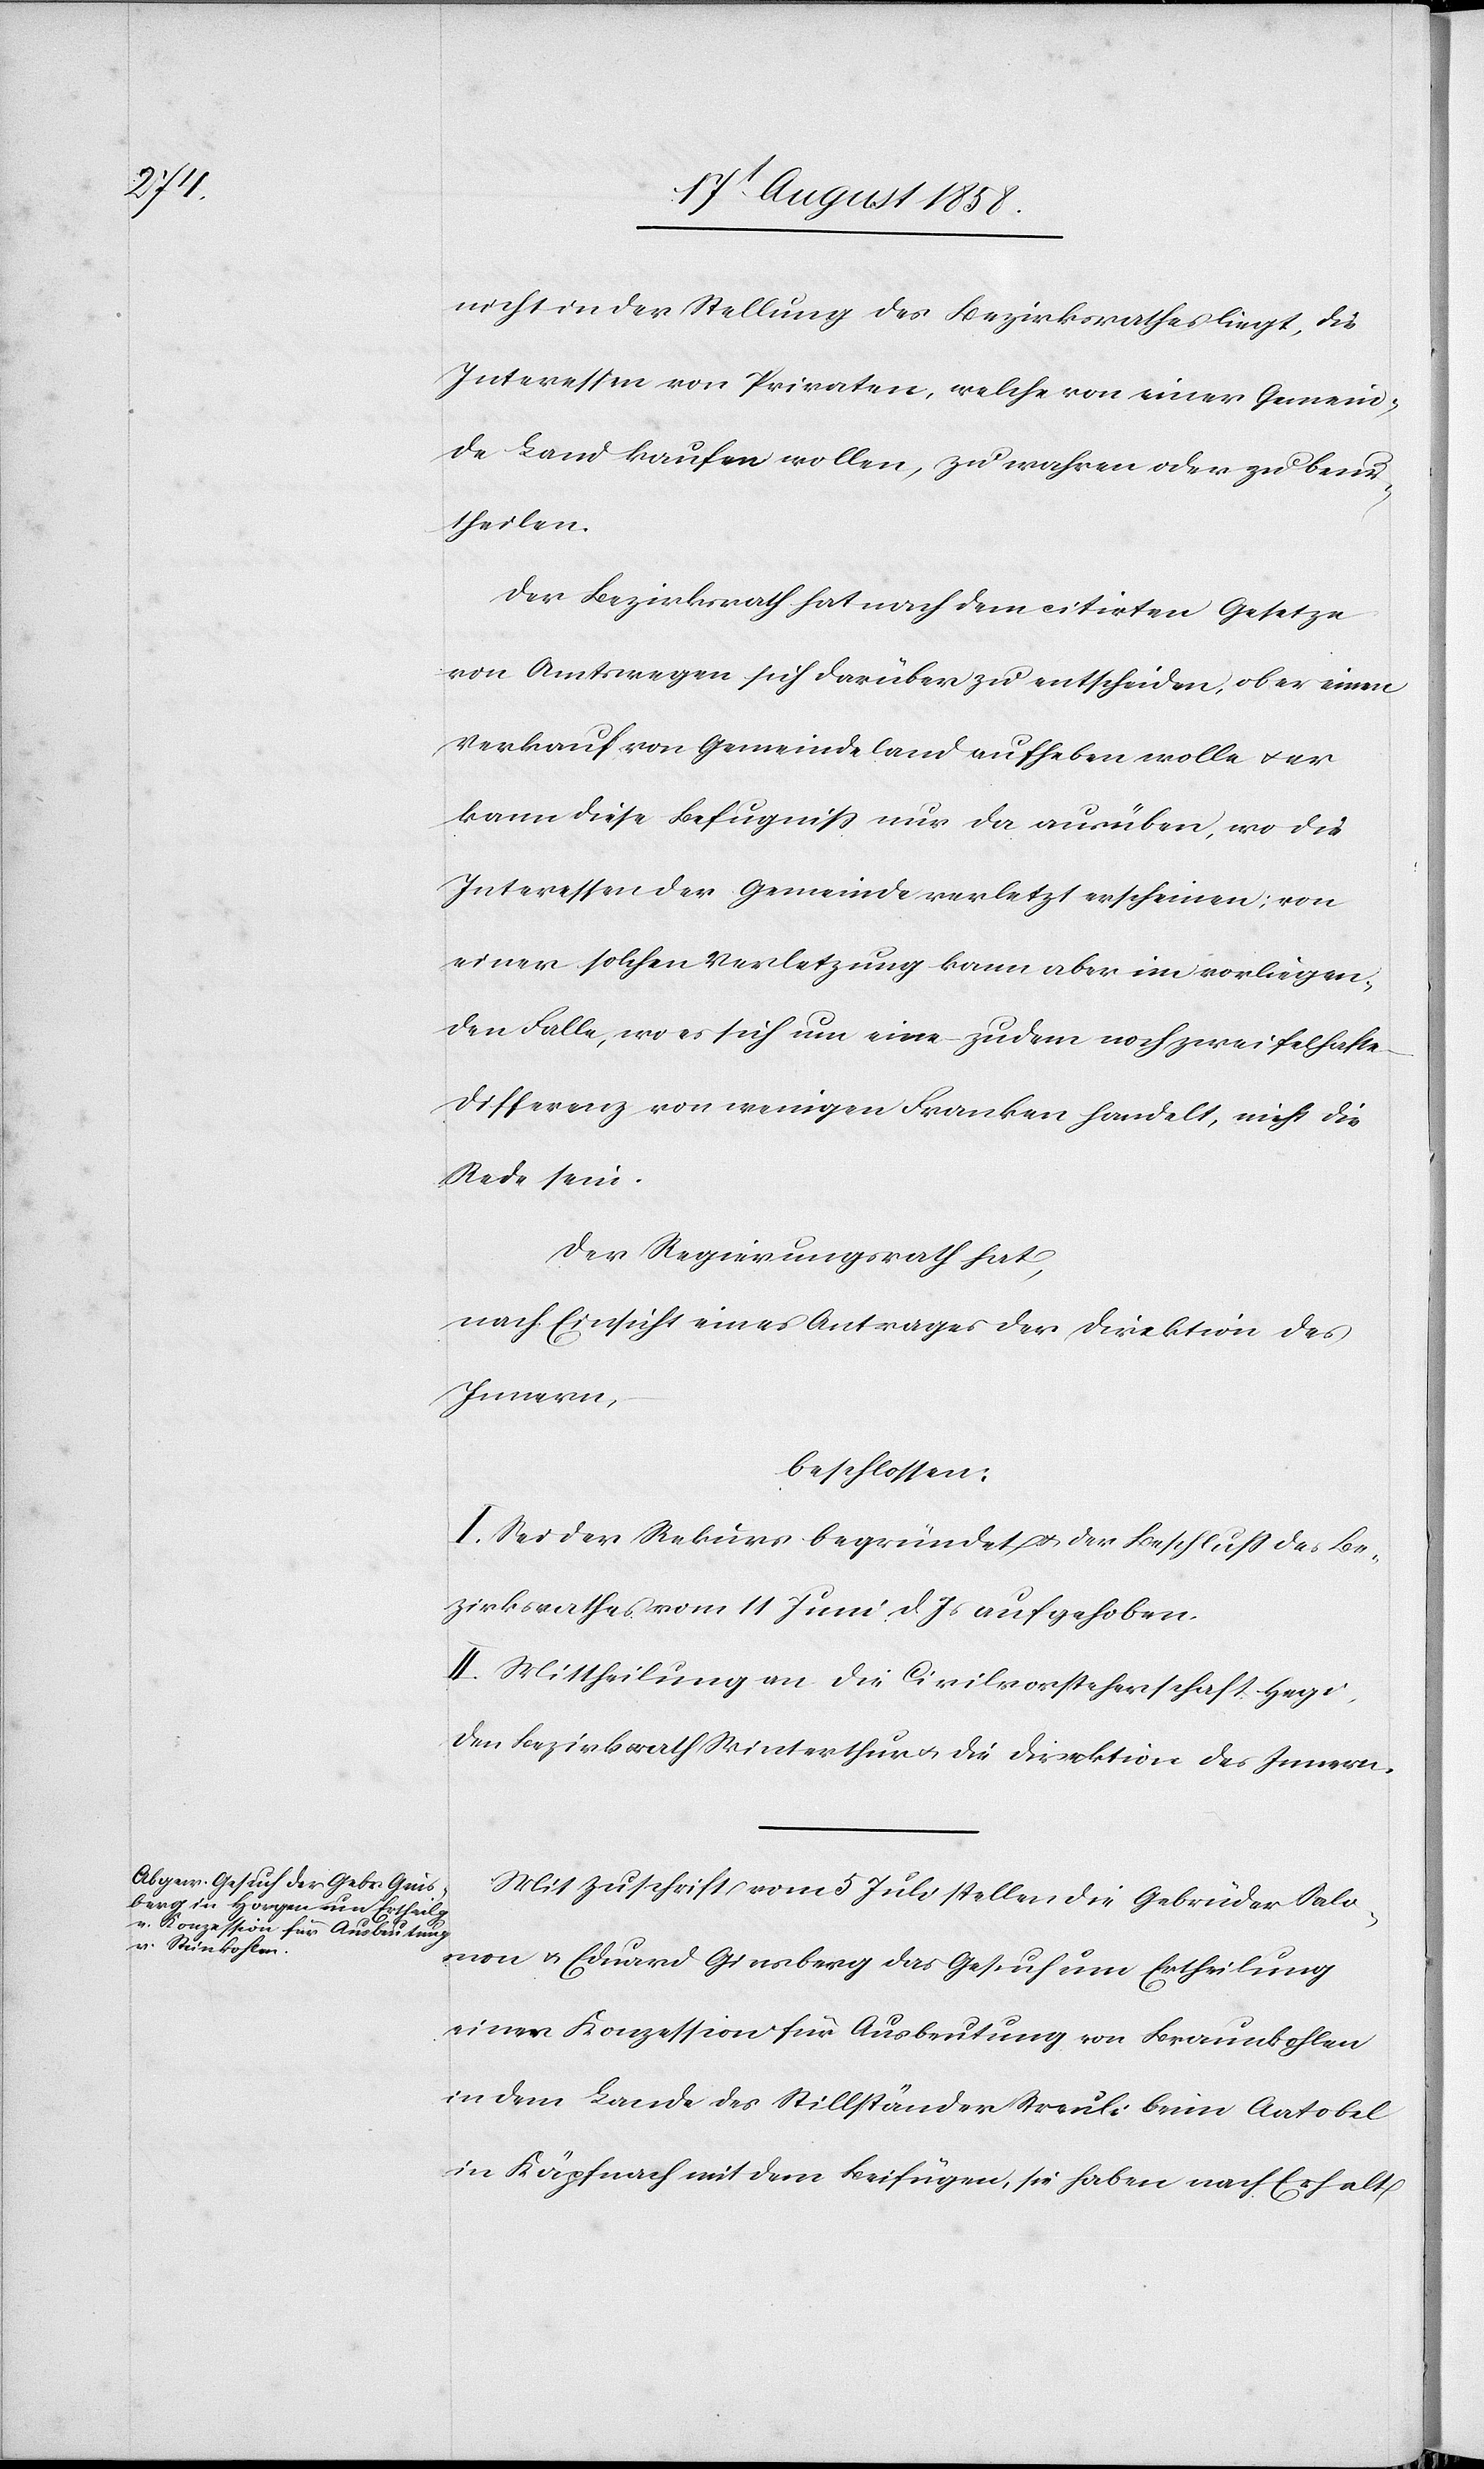
nicht in der Stellung des Bezirksrathes liegt, die
Interessen von Privaten, welche von einer Gemein¬
de Land kaufen wollen, zu wahren oder zu beur¬
theilen.
Der Bezirksrath hat nach dem citirten Gesetze
von Amtswegen sich darüber zu entscheiden, ob er einen
Verkauf von Gemeindeland aufheben wolle & er
kann diese Befugniss nur da ausüben, wo die
Interessen der Gemeinde verletzt erscheinen; von
einer solchen Verletzung kann aber im vorliegen¬
den Falle, wo es sich um eine – zudem noch zweifelhafte
Differenz von wenigen Franken handelt, nicht die
Rede sein.
Der Regierungsrath hat,
nach Einsicht eines Antrages der Direktion des
Innern,
beschlossen:
I. Sei der Rekurs begründet & der Beschluss des Be¬
zirksrathes vom 11 Juni d. Js aufgehoben.
II. Mittheilung an die Civilvorsteherschaft Hegi,
den Bezirksrath Winterthur & die Direktion des Innern.
Mit Zuschrift vom 5 Juli stellen die Gebrüder Salo¬
mon & Eduard Ginsberg das Gesuch um Ertheilung
einer Konzession für Ausbeutung von Braunkohlen
in dem Lande des Stillständer Streuli beim Aatobel
in Käpfnach mit dem Beifügen, sie haben nach Erhalt